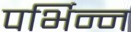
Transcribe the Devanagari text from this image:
पर्भिन्न